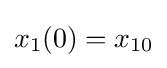
x_{1}(0)=x_{10}